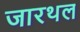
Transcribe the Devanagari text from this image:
जारथल